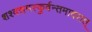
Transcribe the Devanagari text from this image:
शश्वन्नमस्कुर्वन्तमादरात्